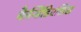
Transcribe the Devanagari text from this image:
कैन्डिडिएसिस